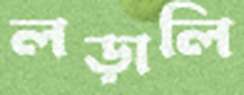
লড়ালি